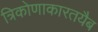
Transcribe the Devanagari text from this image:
त्रिकोणाकारतयैब